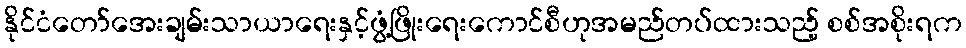
နိုင်ငံတော်အေးချမ်းသာယာရေးနှင့်ဖွံ့ဖြိုးရေးကောင်စီဟုအမည်တပ်ထားသည့် စစ်အစိုးရက